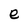
Character: e